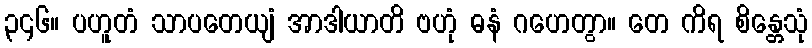
၃၄၆။ ပဟူတံ သာပတေယျံ အာဒါယာတိ ဗဟုံ ဓနံ ဂဟေတွာ။ တေ ကိရ စိန္တေသုံ